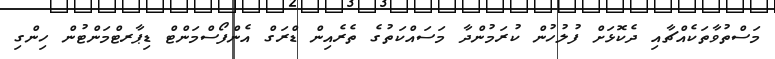
މަސްތުވާތަކެއްޗާއި ދެކޮޅަށް ފުލުހުން ކުރަމުންދާ މަސައްކަތުގެ ތެރެއިން ޑްރަގް އެންފޯސްމަންޓް ޑިޕާރޓްމަންްޓުން ހިންގި